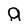
Character: g